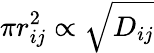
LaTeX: \pi r_{ij}^{2}\propto\sqrt{D_{ij}}